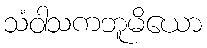
သံဝါသကဘူမိယော